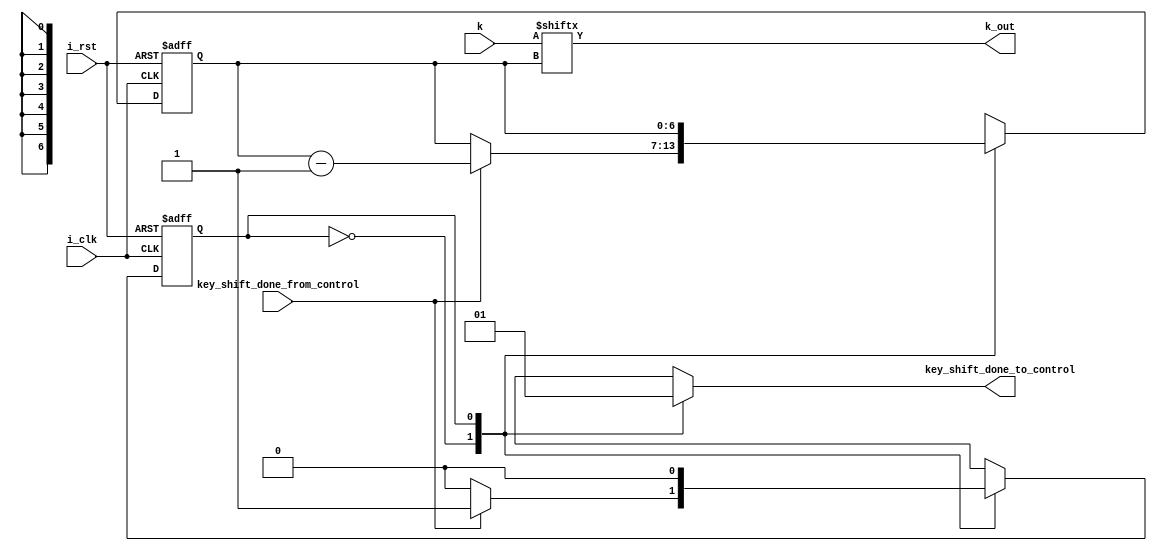
module key_shift(
	i_clk,
	i_rst,
	k,
	key_shift_done_from_control,
	k_out,
	key_shift_done_to_control);
	localparam SH_NUM = 1;
	localparam SIZE = 32;
	localparam OUT_SIZE = 1;

	input i_clk, i_rst; 
	input [SIZE - 1 : 0] k;
	input key_shift_done_from_control;


	output k_out;
	output key_shift_done_to_control;

	reg [6:0] i, i_n;
	reg state, state_n;
	reg key_shift_done_to_control;

	assign k_out = k[i];
	//assign k_out = 0;
	//assign key_shift_done_to_control = key_shift_done_to_control; //key_shift_done_to_control_r;

	always @(*) begin
		case(state)
			0: begin
				state_n = 0;
				i_n = i;
				key_shift_done_to_control = 0;
				if (key_shift_done_from_control == 1) begin
					state_n = 1;
					i_n = i - 1;
				end
			end
			1: begin
				state_n = 0;
				i_n = i;
				key_shift_done_to_control = 1;
				/*if (key_shift_done_from_control == 1) begin
					state_n = 1;
				end*/
			end
		endcase
	end
	always@ (posedge i_clk or posedge i_rst) begin
		if (i_rst) begin
			i <= SIZE - 1;
			state <= 0;
		end
		else begin
			i <= i_n;
			state <= state_n;
		end
	end
endmodule